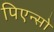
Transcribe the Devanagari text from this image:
पिएन्सो